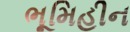
ભૂમિહીન